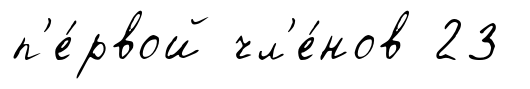
п'е́рвой чл'е́нов 23